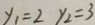
y _ { 1 } = 2 y _ { 2 } = 3